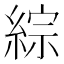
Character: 綜